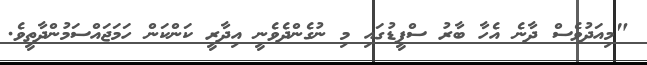
"މިއަދުވެސް ދާނެ އެހާ ބާރު ސްޕީޑުގައި މި ނުގެންދެވެނީ އިދާރީ ކަންކަން ހަމަޖައްސަމުންދާތީވެ.